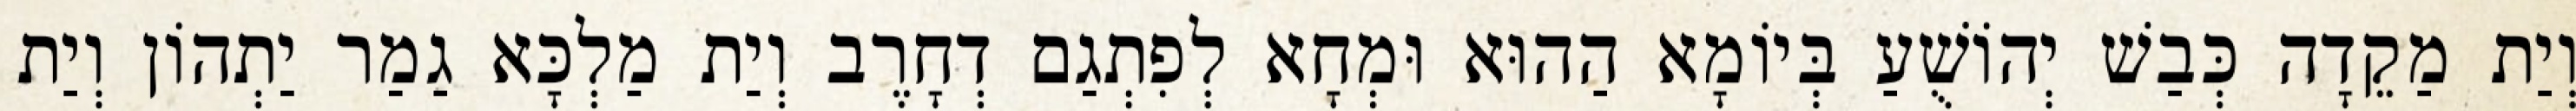
וְיַת מַקֵדָה כְּבַשׁ יְהוֹשֻׁעַ בְּיוֹמָא הַהוּא וּמְחָא לְפִתְגַם דְחָרֶב וְיַת מַלְכָּא גַמַר יַתְהוֹן וְיַת